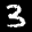
Label: 3